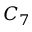
C _ { 7 }